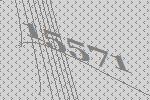
15571